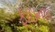
ફાઇનલ